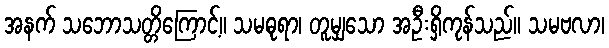
အနက် သဘောသတ္တိကြောင့်။ သမဓုရာ၊ တူမျှသော အဦးရှိကုန်သည်။ သမဗလာ၊